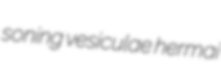
soning vesiculae hermai